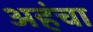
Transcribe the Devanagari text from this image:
अहंचा